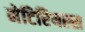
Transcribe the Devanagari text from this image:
मेटिरियल्स